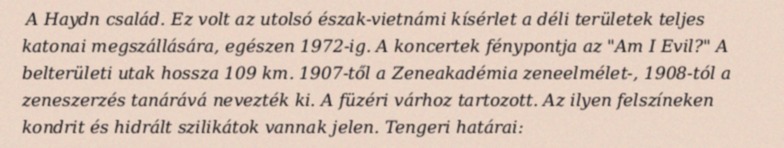
A Haydn család. Ez volt az utolsó észak-vietnámi kísérlet a déli területek teljes katonai megszállására, egészen 1972-ig. A koncertek fénypontja az "Am I Evil?" A belterületi utak hossza 109 km. 1907-től a Zeneakadémia zeneelmélet-, 1908-tól a zeneszerzés tanárává nevezték ki. A füzéri várhoz tartozott. Az ilyen felszíneken kondrit és hidrált szilikátok vannak jelen. Tengeri határai: